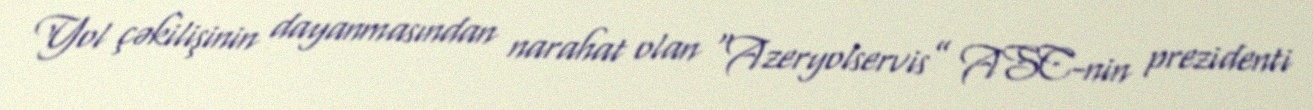
Yol çəkilişinin dayanmasından narahat olan “Azeryolservis” ASC-nin prezidenti